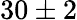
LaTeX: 30\pm 2